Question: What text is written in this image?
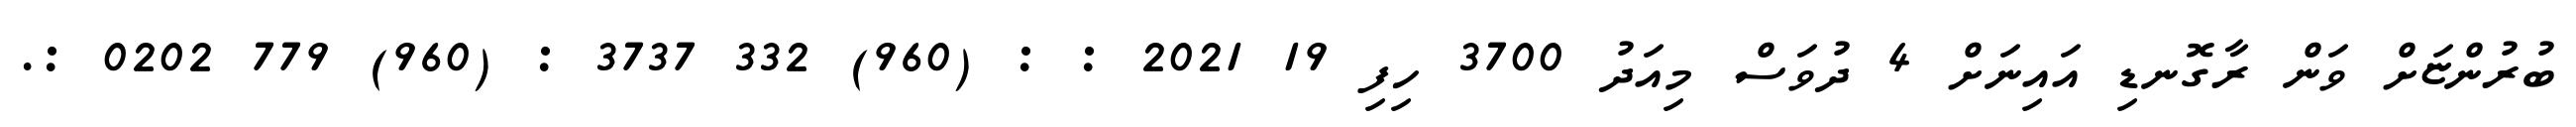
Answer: ބުރުންޏަށް ވަން ރާގޮނޑި އައިނަށް 4 ދުވަސް މިއަދު 3700 ހިފި 19 2021 : : (960) 332 3737 : (960) 779 0202 :.